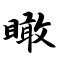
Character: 瞰